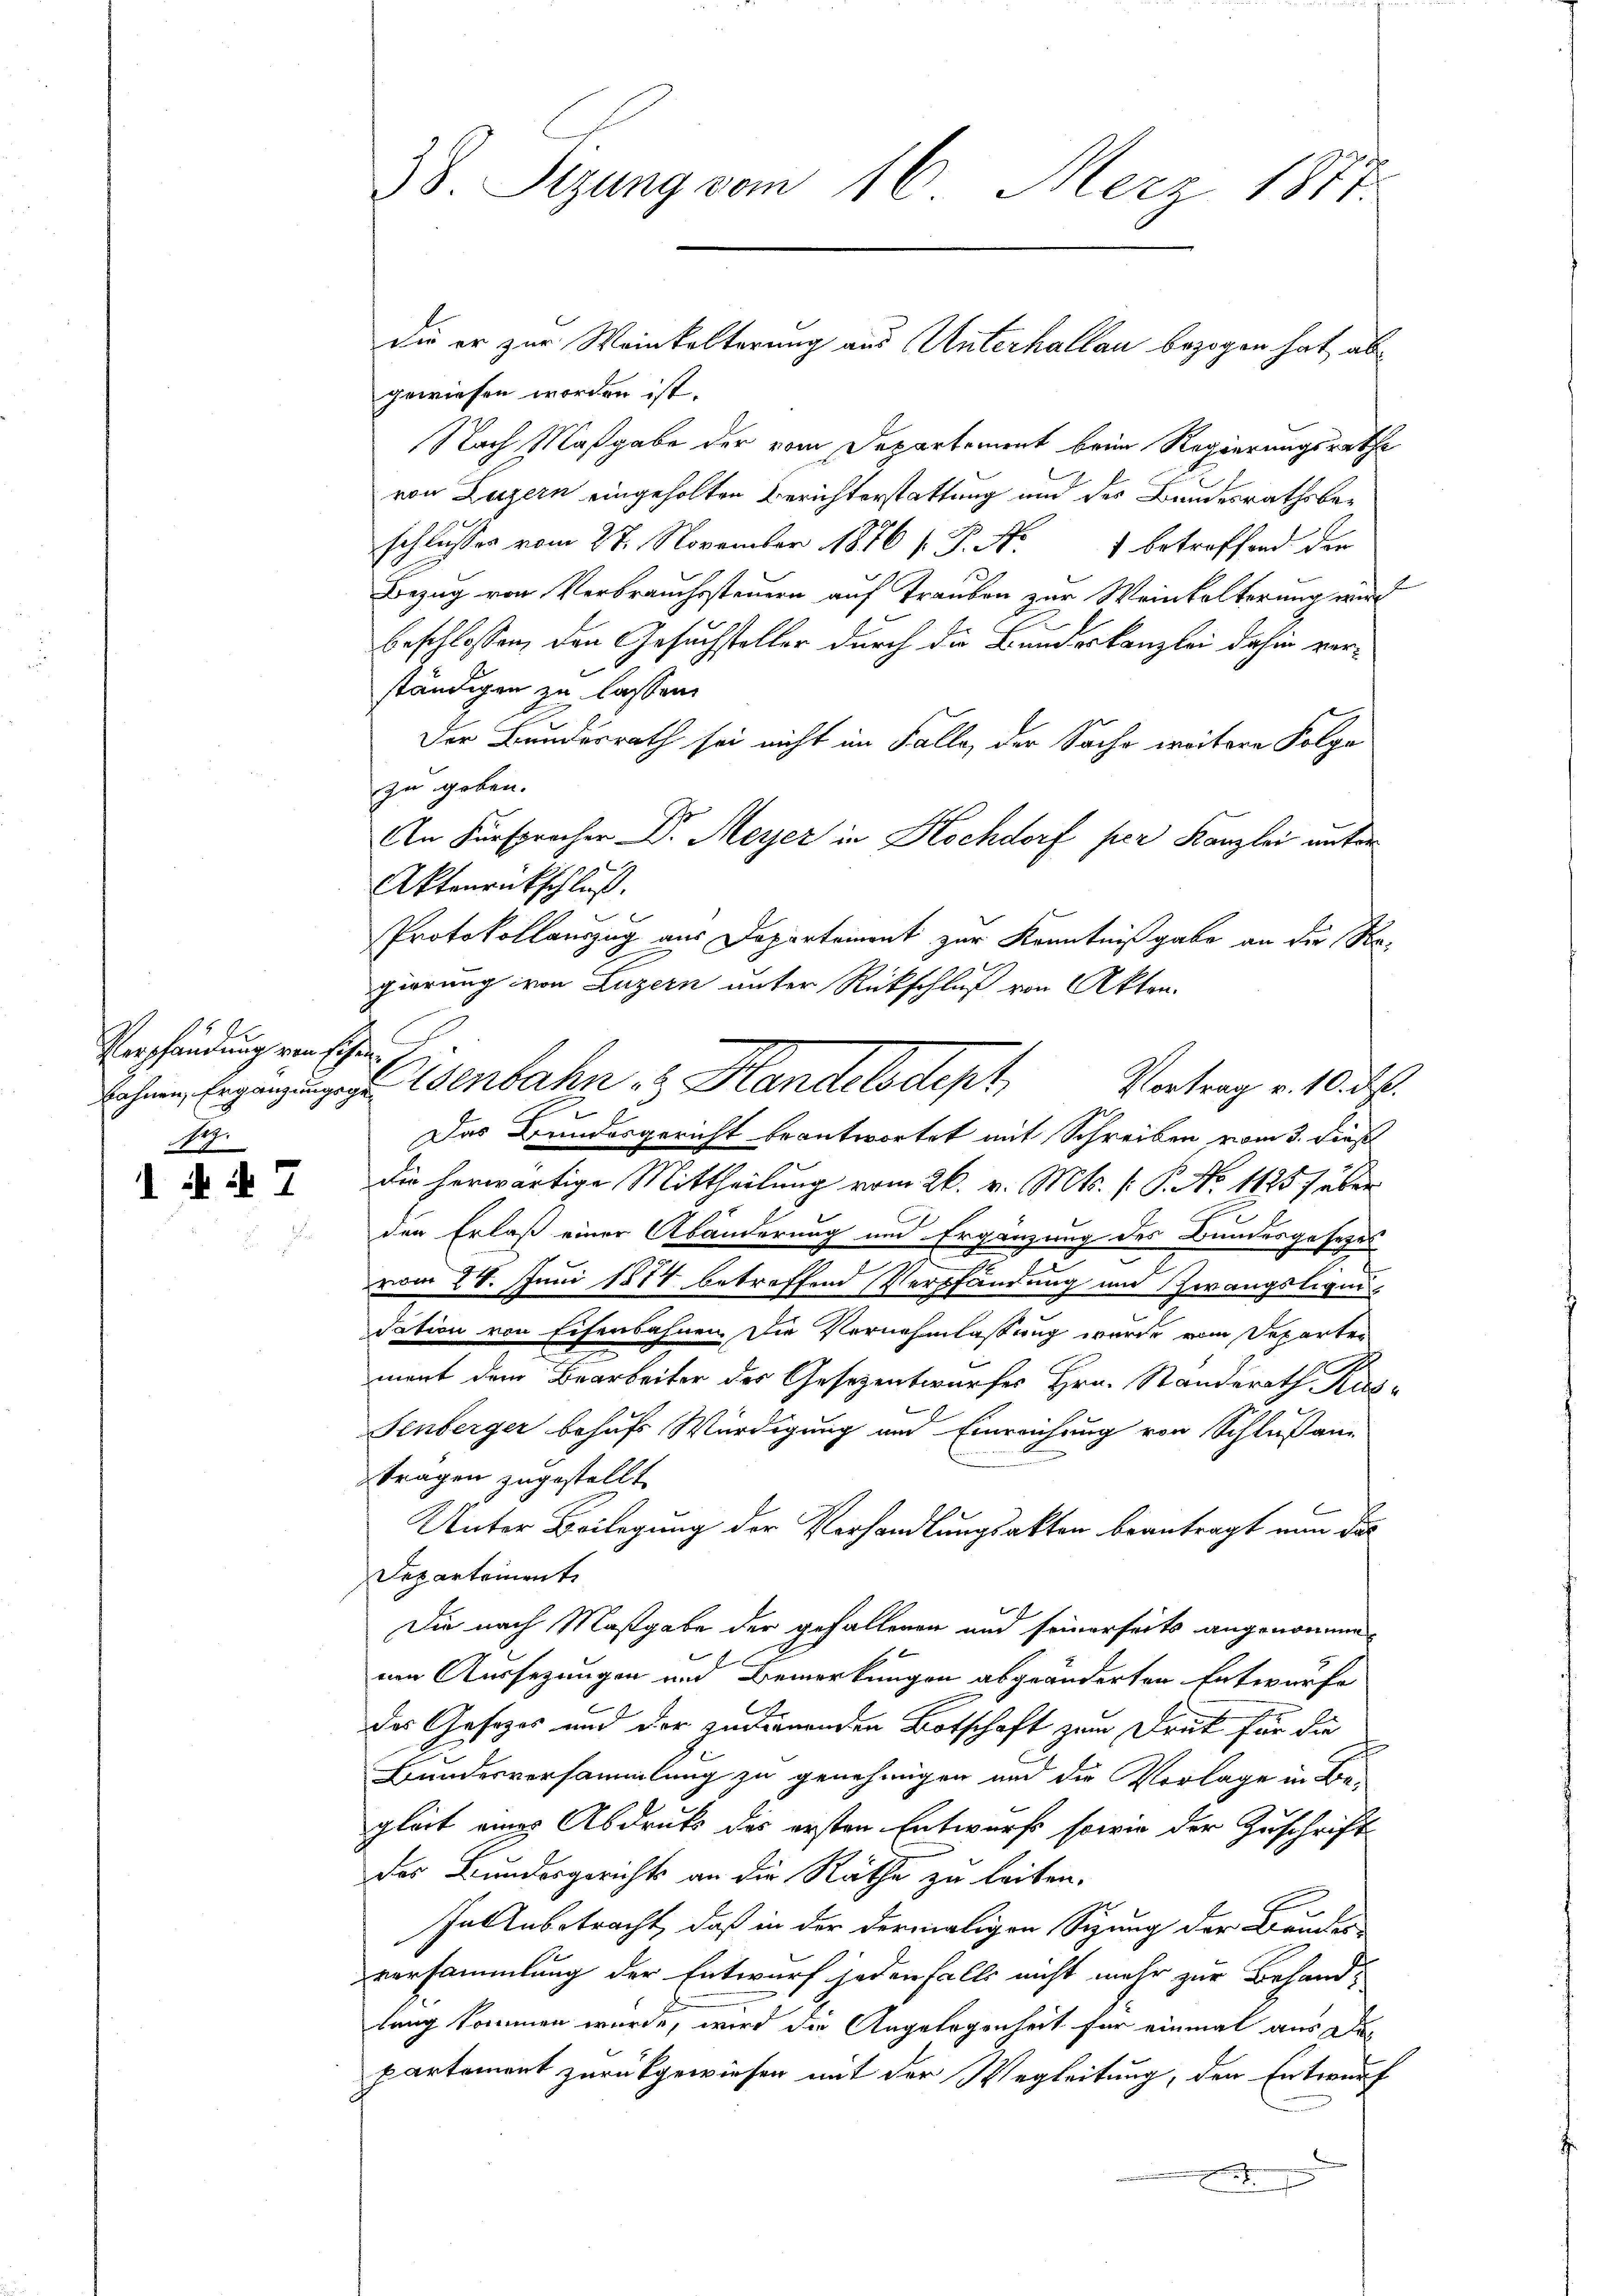
2
Verpfandung von Eisen¬
Nr.

it 7

38. Sizung vom 16. März 1881.

gewiesen worden ist.
Nach Maßgabe der vom Departement beim Regierungsrathe
von Luzern eingeholten Berichterstattung und des Bundesrathsbeschlusses vom 27. November 1876 s. P. Nr. 1 betreffend der
Bezug von Verbrauchssteuern auf Trauben zur Weinkelterung wird
beschlossen, den Gesuchsteller durch die Bundeskanzlei dahin vorständigen zu lassen.
Der Bundesrath sei nicht im Falle, der Sache weitere Folge
zu geben.
An Fürspracher Dr. Meyer in Hochdorf per Kanzlei unter
Aktenrückschluß.
Protokollauszug aus Departement zur Kenntnißgabe an die Nagierung von Luzern unter Rückschluß von Akten.
lehnen Eigen sie senbahn & Handelsdept
Das Bundesgericht beantwortet mit Schreiben vom 3. Dies
die herwärtige Mittheilung vom 26. v. Mts. (: P. No 1125 f über
den Erlaß einer Abänderung und Ergänzung des Bundesgesezes
2
vom 24. Juni 1884 betreffend Verpfändung und Zwangsliquidation von Eisenbahnen. Die Vernehmlassung wurde vom Departen
ment dem Bearbeiter des Gesezentwurfes Hrn. Standerath Küs¬
Senberger behufs Würdigung und Einreichung von Schlußan-
tragen zugestellt
Unter Beilegung der Vorhandlungsakten beantragt nun das
Departement
Die nach Maßgabe der gefallenen und seinerseits angenommen
von Aussezungen und Bemerkungen abgeänderten Entwurfe
des Gesezes und der zudienenden Botschaft zum Druck für die
Bundesversammlung zu genehmigen und die Vorlage in Be-
gleit eines Abdruk des ersten Entwurfs sowie der Zuschrift
des Bundesgerichts an die Räthe zu leiten.
In Anbetracht, daß in der dermaligen Sizung der Brucker
versammlung der Entwurf jedenfalls nicht mehr zur Behandlang kommen wurde, wird die Angelegenheit für einmal aus de
partement zurückgewiesen mit der Wegleitung, den Entwurf
E

die er zur Weinkelterung aus Unterhallau bezogen hat, ab¬

Vortrag v. 10. ds.